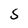
Character: S